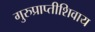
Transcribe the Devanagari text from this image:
गुरुप्राप्तीशिवाय